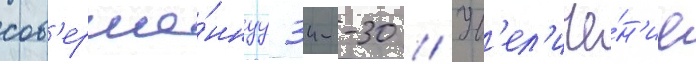
сов'ерше́ннуу 34--30 // Ув'ел'иче́н'ие